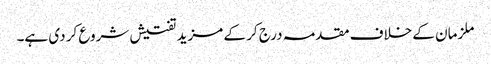
ملزمان کے خلاف مقدمہ درج کر کے مزید تفتیش شروع کر دی ہے۔